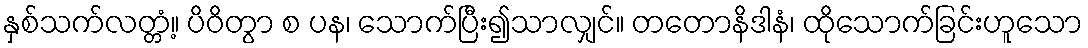
နှစ်သက်လတ္တံ့။ ပိဝိတွာ စ ပန၊ သောက်ပြီး၍သာလျှင်။ တတောနိဒါနံ၊ ထိုသောက်ခြင်းဟူသော